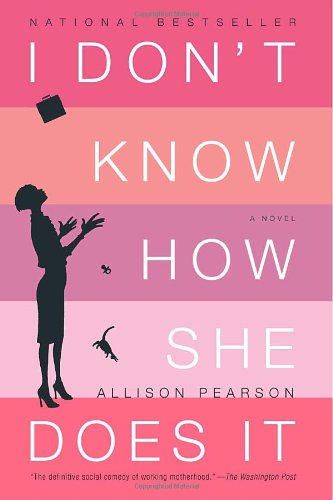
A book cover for I Don't Know How She Does It; Allison Pearson; Literature & Fiction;